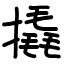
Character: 撬